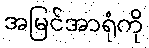
အမြင်အာရုံကို